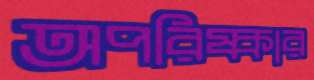
অপরিষ্কার